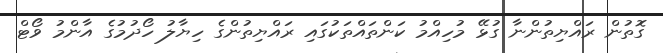
ގޮތުން ރައްޔިތުންނާ ގުޅޭ މުހިއްމު ކަންތައްތަކުގައި ރައްޔިތުންގެ ހިޔާލު ހޯދުމުގެ އާންމު ވޯޓް